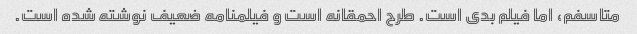
متاسفم، اما فیلم بدی است. طرح احمقانه است و فیلمنامه ضعیف نوشته شده است.